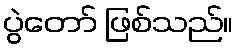
ပွဲတော် ဖြစ်သည်။